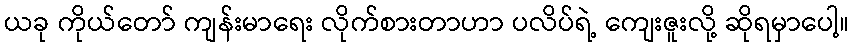
ယခု ကိုယ်တော် ကျန်းမာရေး လိုက်စားတာဟာ ပလိပ်ရဲ့ ကျေးဇူးလို့ ဆိုရမှာပေါ့။